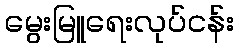
မွေးမြူရေးလုပ်ငန်း